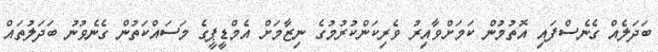
ބަދަލެއް ގެނެސްފައި އޮތުމުން ކަމަށްވާއިރު ވެރިކަންކުރުމުގެ ނިޒާމަށް އެމްޑީޕީގެ މަސައްކަތުން ގެނެވުނު ބަދަލުތައް